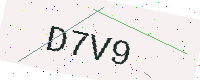
Text: D7V9